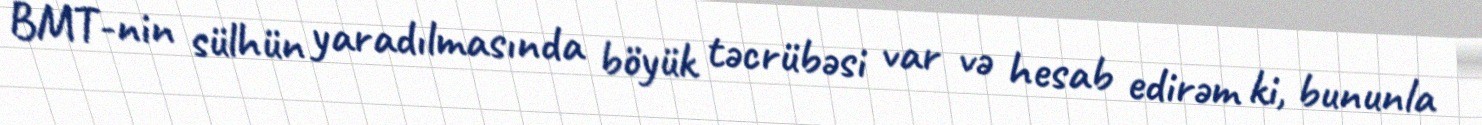
BMT-nin sülhün yaradılmasında böyük təcrübəsi var və hesab edirəm ki, bununla